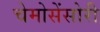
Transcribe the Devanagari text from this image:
चेमोसेंसोरी